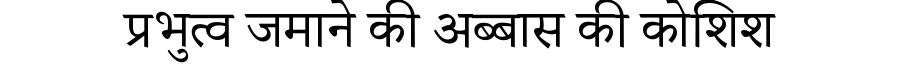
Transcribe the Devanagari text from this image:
प्रभुत्व जमाने की अब्बास की कोशिश